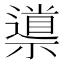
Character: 𱵮